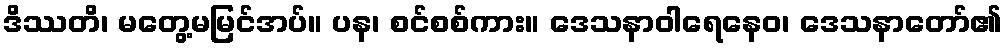
ဒိဿတိ၊ မတွေ့မမြင်အပ်။ ပန၊ စင်စစ်ကား။ ဒေသနာဝါရေနေဝ၊ ဒေသနာတော်၏